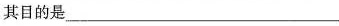
其目的是___。